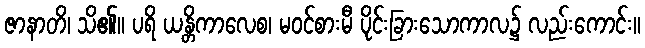
ဇာနာတိ၊ သိ၏။ ပရိ ယန္တိကာလေစ၊ မဝင်စားမီ ပိုင်းခြားသောကာလ၌ လည်းကောင်း။